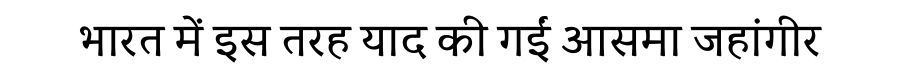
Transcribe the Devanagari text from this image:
भारत में इस तरह याद की गईं आसमा जहांगीर